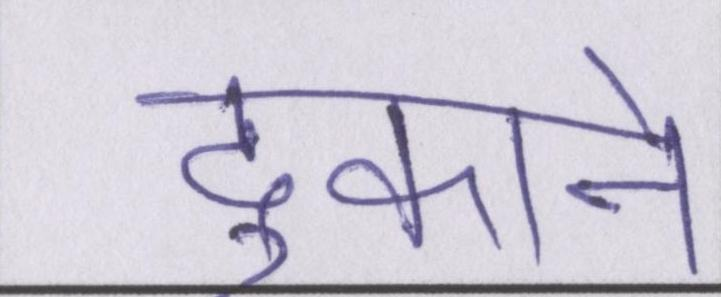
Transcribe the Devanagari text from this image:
दुकाने